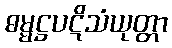
ဓမ္မဋ္ဌပဋိသံယုတ္တာ